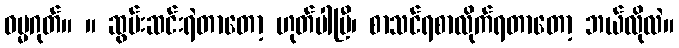
ဓမ္မဂုတ်။ ။ ဆွမ်းဆင်းရဲတာတော့ ဟုတ်ပါပြီ၊ စာသင်ရစာလိုက်ရတာတော့ ဘယ်လိုလဲ။